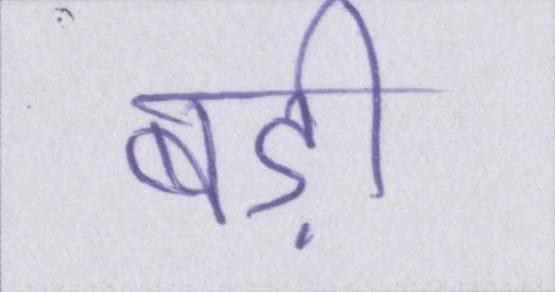
बड़ी